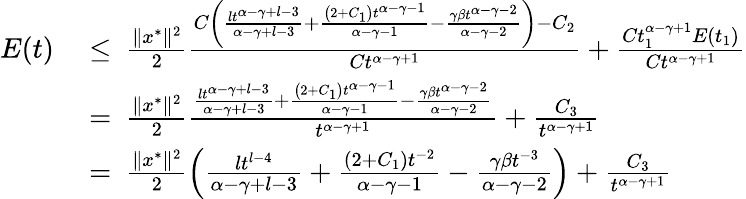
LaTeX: \begin{array}{rl}{E(t)\ }&{\leq\ \frac{\| x^{*}\| ^{2}}{2}\frac{C\left(\frac{lt^{\alpha-\gamma+l-3}}{\alpha-\gamma+l-3}+\frac{\left(2+C_{1}\right)t^{\alpha-\gamma-1}}{\alpha-\gamma-1}-\frac{\gamma\beta t^{\alpha-\gamma-2}}{\alpha-\gamma-2}\right)-C_{2}}{Ct^{\alpha-\gamma+1}}+\frac{Ct_{1}^{\alpha-\gamma+1}E(t_{1})}{Ct^{\alpha-\gamma+1}}}\\ &{=\ \frac{\| x^{*}\| ^{2}}{2}\frac{\frac{lt^{\alpha-\gamma+l-3}}{\alpha-\gamma+l-3}+\frac{\left(2+C_{1}\right)t^{\alpha-\gamma-1}}{\alpha-\gamma-1}-\frac{\gamma\beta t^{\alpha-\gamma-2}}{\alpha-\gamma-2}}{t^{\alpha-\gamma+1}}+\frac{C_{3}}{t^{\alpha-\gamma+1}}}\\ &{=\ \frac{\| x^{*}\| ^{2}}{2}\left(\frac{lt^{l-4}}{\alpha-\gamma+l-3}+\frac{\left(2+C_{1}\right)t^{-2}}{\alpha-\gamma-1}-\frac{\gamma\beta t^{-3}}{\alpha-\gamma-2}\right)+\frac{C_{3}}{t^{\alpha-\gamma+1}}}\end{array}